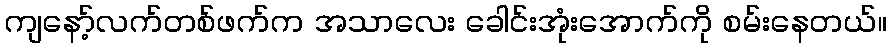
ကျနော့်လက်တစ်ဖက်က အသာလေး ခေါင်းအုံးအောက်ကို စမ်းနေတယ်။